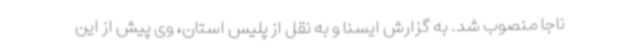
ناجا منصوب شد. به گزارش ایسنا و به نقل از پلیس استان، وی پیش از این